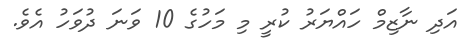
އަދި ނާޒިމް ހައްޔަރު ކުރީ މި މަހުގެ 10 ވަނަ ދުވަހު އެވެ.